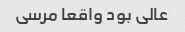
عالی بود واقعا مرسی